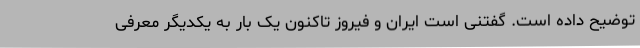
توضیح داده است. گفتنی است ایران و فیروز تاکنون یک بار به یکدیگر معرفی‌